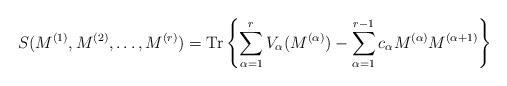
LaTeX: \begin{align*}S(M^{(1)}, M^{(2)}, \ldots, M^{(r)}) = \mbox{Tr} \left\{ \sum_{\alpha=1}^{r} V_{\alpha}(M^{(\alpha)}) - \sum_{\alpha=1}^{r-1} c_{\alpha} M^{(\alpha)}M^{(\alpha+1)} \right\}\end{align*}